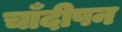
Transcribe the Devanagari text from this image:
चाँदीपन